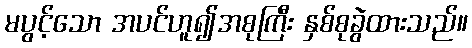
မပွင့်သော အပင်ဟူ၍အစုကြီး နှစ်စုခွဲထားသည်။